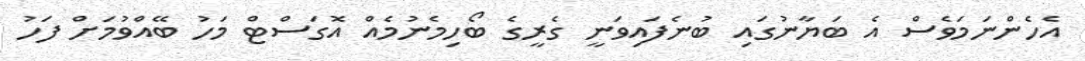
އެހެންނަމަވެސް އެ ބަޔާނުގައި ބުނެފައިވަނީ ގެރީގެ ބޯހިމެނުމެއް އޮގަސްޓް މަހު ބޭއްވުމަށް ފަހު